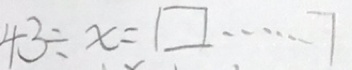
4 3 \div x = \square \cdots 7